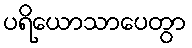
ပရိယောသာပေတွာ